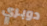
دوبري